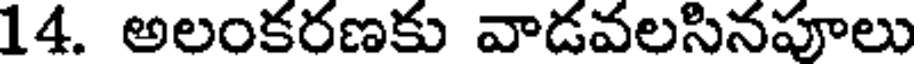
14. అలంకరణకు వాడవలసినపూలు